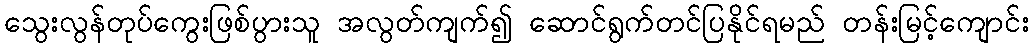
သွေးလွန်တုပ်ကွေးဖြစ်ပွားသူ အလွတ်ကျက်၍ ဆောင်ရွက်တင်ပြနိုင်ရမည် တန်းမြင့်ကျောင်း